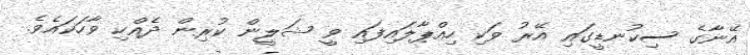
އޭނާގެ ސިކުނޑީގައި އޭރު ވަކި ހިއްޕާލައިފައި ވީ ޝަލީން ކުރިން ދެއްކި ވާހަކައެވެ.